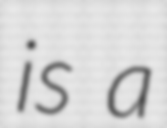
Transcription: is a